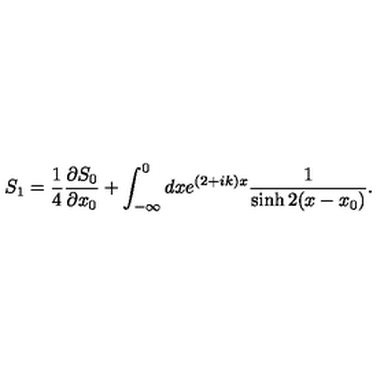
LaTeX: S _ { 1 } = \frac { 1 } { 4 } \frac { \partial S _ { 0 } } { \partial x _ { 0 } } + \int _ { - \infty } ^ { 0 } d x e ^ { ( 2 + i k ) x } \frac { 1 } { \sinh 2 ( x - x _ { 0 } ) } .